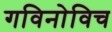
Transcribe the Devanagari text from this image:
गविनोविच